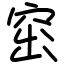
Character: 窋